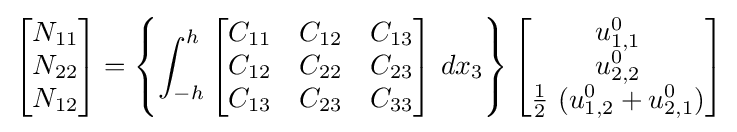
{\begin{bmatrix}N_{11}\\N_{22}\\N_{12}\end{bmatrix}}=\left\{\int _{-h}^{h}{\begin{bmatrix}C_{11}&C_{12}&C_{13}\\C_{12}&C_{22}&C_{23}\\C_{13}&C_{23}&C_{33}\end{bmatrix}}~dx_{3}\right\}{\begin{bmatrix}u_{1,1}^{0}\\u_{2,2}^{0}\\{\frac {1}{2}}~(u_{1,2}^{0}+u_{2,1}^{0})\end{bmatrix}}